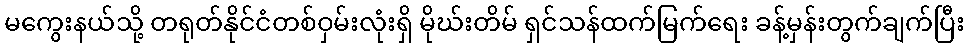
မကွေးနယ်သို့ တရုတ်နိုင်ငံတစ်ဝှမ်းလုံးရှိ မိုဃ်းတိမ် ရှင်သန်ထက်မြက်ရေး ခန့်မှန်းတွက်ချက်ပြီး